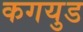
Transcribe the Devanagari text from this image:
कगयुड